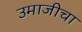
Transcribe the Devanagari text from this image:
उमाजीचा